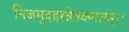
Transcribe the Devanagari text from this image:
निजमुदहरन्नेत्रकमलम्।।